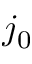
j _ { 0 }